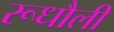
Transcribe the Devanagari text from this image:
रूधौली